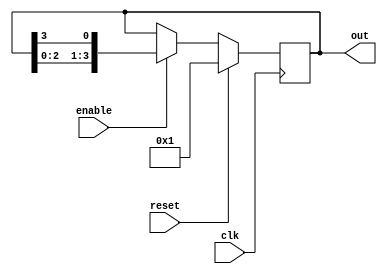
module ring_counter #(
    parameter N = 4  // Number of bits (flip-flops) in the ring counter
)(
    input wire clk,         // Clock signal
    input wire reset,       // Synchronous reset signal
    input wire enable,      // Enable signal
    output reg [N-1:0] out  // Output of the ring counter
);

    // Initialize the output to a known state (e.g., 1 in the first position)
    initial begin
        out = 1'b1; // Start with the first bit set
    end

    always @(posedge clk) begin
        if (reset) begin
            // Reset the counter to initial state
            out <= 1'b1; // Reset to the first position
        end else if (enable) begin
            // Shift the '1' to the left and wrap around
            out <= {out[N-2:0], out[N-1]};
        end
    end

endmodule